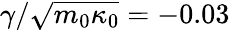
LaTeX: \gamma/\sqrt{m_{0}\kappa_{0}}=-0.03